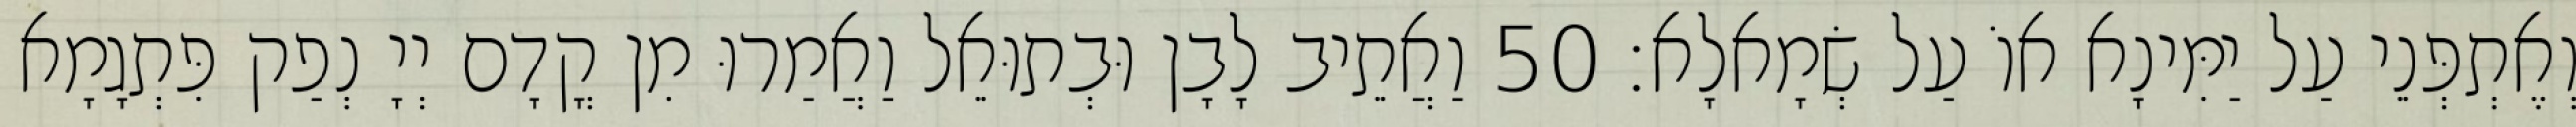
וְאֶתְפְּנֵי עַל יַמִּינָא אוֹ עַל שְׂמָאלָא׃ 50 וַאֲתֵיב לָבָן וּבְתוּאֵל וַאֲמַרוּ מִן קֳדָם יְיָ נְפַק פִּתְגָמָא